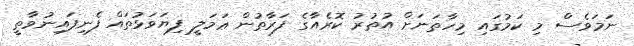
ނަމަވެސް މި ކަމުގައި މިހާތަނަށް އުތުރު ކޮރެއާގެ ފަރާތުން ޢަމަލީ ފިޔަވަޅުތައް ފެނިފައިނުވާތީ